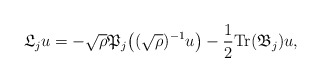
\begin{align*}\mathfrak{L}_ju=-\sqrt{\rho}\mathfrak{P}_j\big((\sqrt{\rho})^{-1}u\big)-\frac{1}{2}\textrm{Tr}(\mathfrak{B}_j)u,\end{align*}